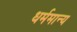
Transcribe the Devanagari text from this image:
धर्ममान्य